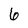
Character: 6